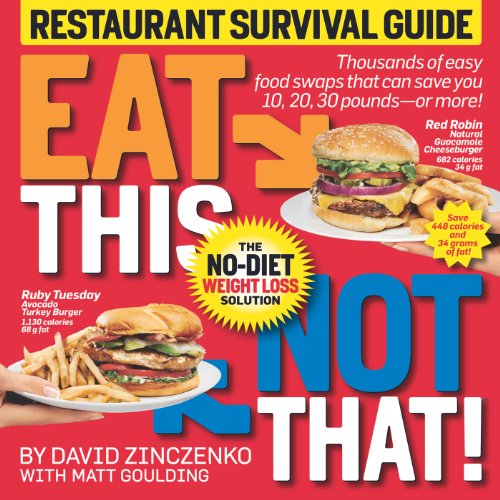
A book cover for Eat This Not That! Restaurant Survival Guide: The No-Diet Weight Loss Solution; David Zinczenko; Health, Fitness & Dieting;